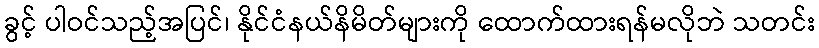
ခွင့် ပါဝင်သည့်အပြင်၊ နိုင်ငံနယ်နိမိတ်များကို ထောက်ထားရန်မလိုဘဲ သတင်း